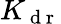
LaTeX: K_{\mathrm{~d~r~}}